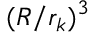
( R / r _ { k } ) ^ { 3 }